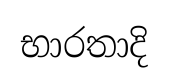
භාරතාදි